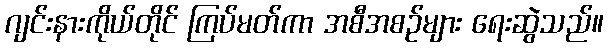
ဂျင်းနားကိုယ်တိုင် ကြပ်မတ်ကာ အစီအစဉ်များ ရေးဆွဲသည်။